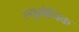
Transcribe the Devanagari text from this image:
ल्युमेनिक